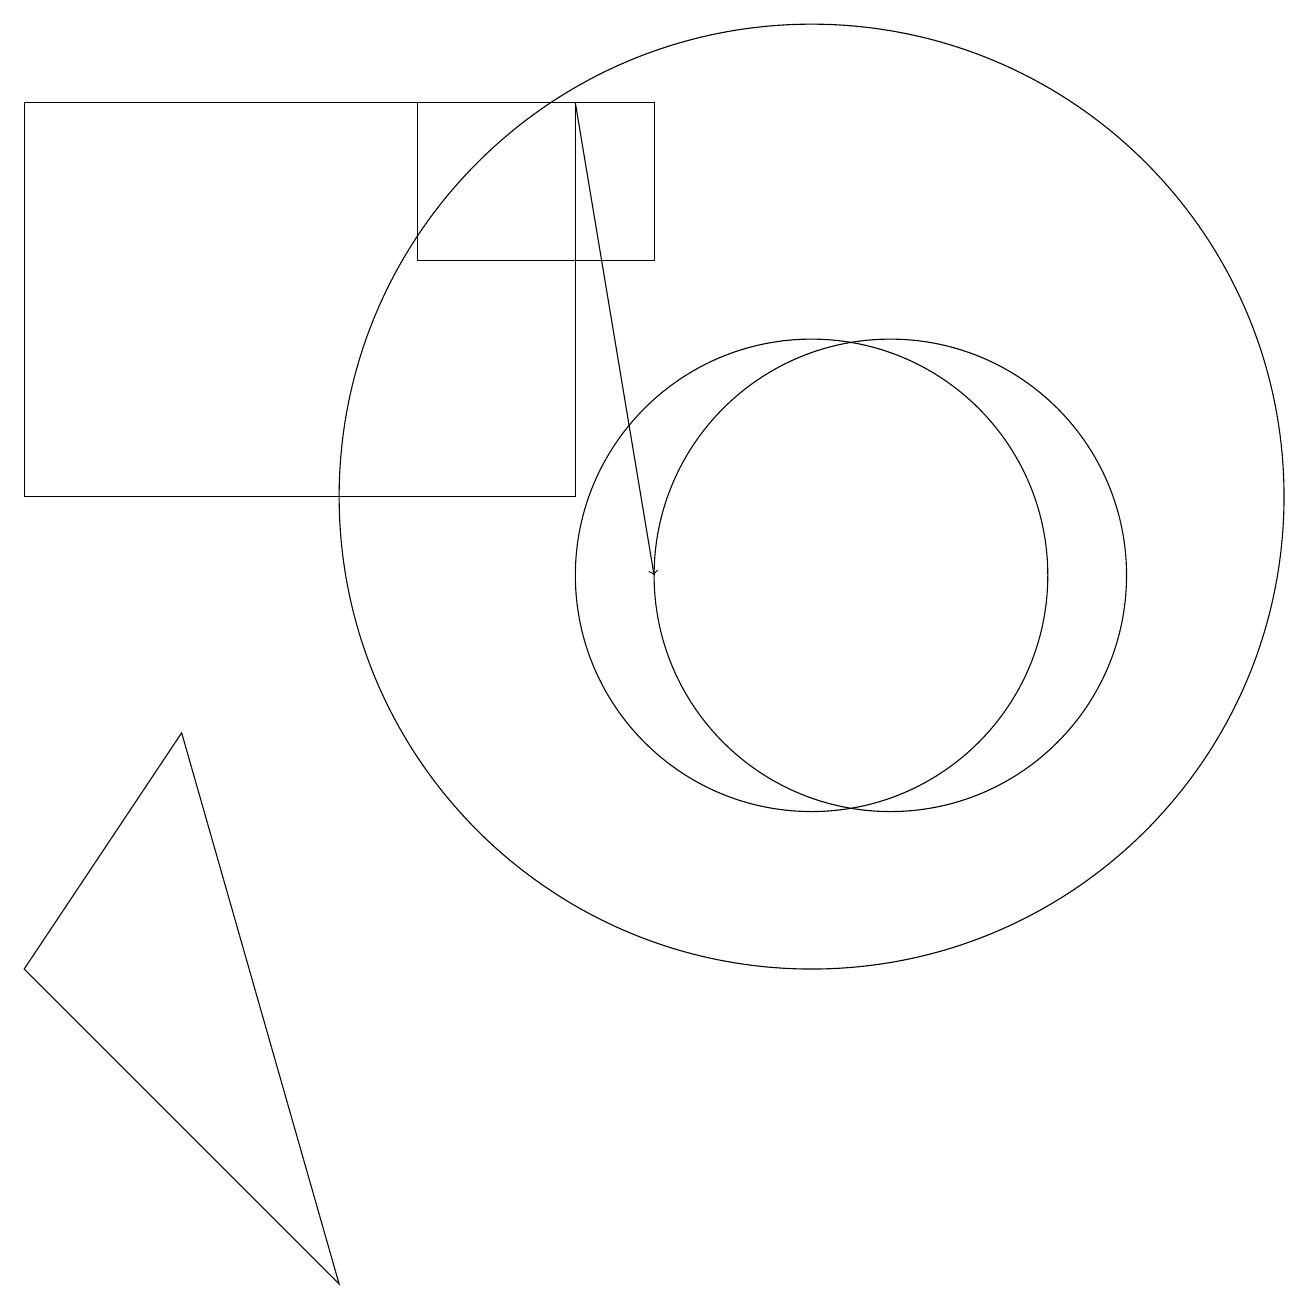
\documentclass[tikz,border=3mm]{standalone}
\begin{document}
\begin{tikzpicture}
\draw (10,10) circle (3);
\draw (7,11) rectangle (0,16);
\draw (5,14) rectangle (8,16);
\draw (11,10) circle (3);
\draw (10,11) circle (6);
\draw (4,1) -- (2,8) -- (0,5) -- cycle;
\draw[->] (7,16) -- (8,10);
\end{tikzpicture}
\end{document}